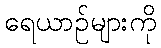
ရေယာဉ်များကို